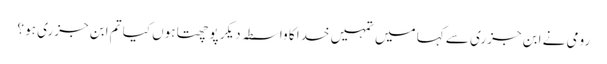
رومی نے ابن جزری سے کہا میں تمہیں خدا کا واسطہ دیکر پوچھتا ہوں کیا تم ابن جزری ہو ؟